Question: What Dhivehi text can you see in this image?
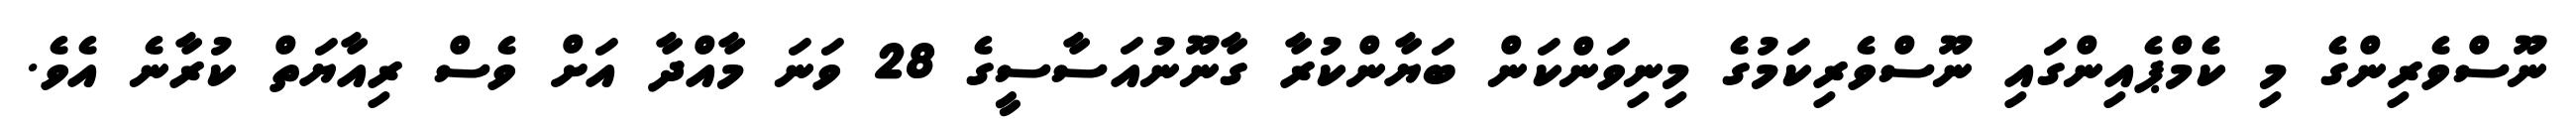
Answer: ނޫސްވެރިންގެ މި ކެމްޕެއިންގައި ނޫސްވެރިކަމުގެ މިނިވަންކަން ބަޔާންކުރާ ގާނޫނުއަސާސީގެ 28 ވަނަ މާއްދާ އަށް ވެސް ރިއާޔަތް ކުރާނެ އެވެ.